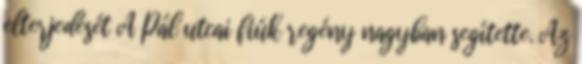
elterjedését A Pál utcai fiúk regény nagyban segítette. Az